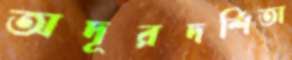
অদূরদর্শিতা